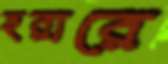
হরারে